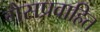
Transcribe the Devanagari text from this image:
गैसप्रवाहित